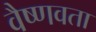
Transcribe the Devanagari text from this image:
वैष्णवता